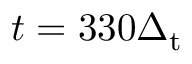
t = 3 3 0 \Delta _ { \mathrm { t } }